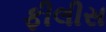
ફીલીસ